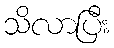
သိလာပြီး